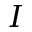
I